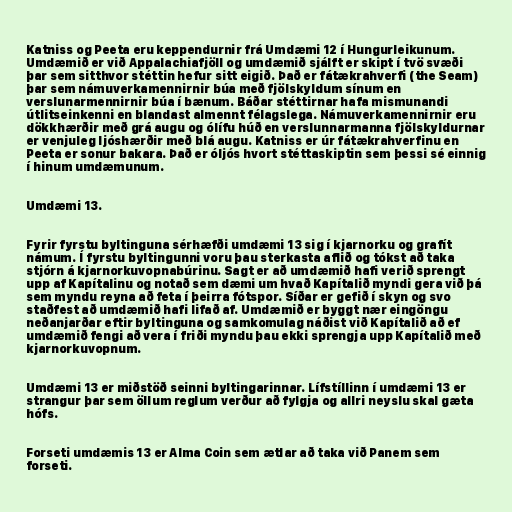
Katniss og Peeta eru keppendurnir frá Umdæmi 12 í Hungurleikunum.
Umdæmið er við Appalachiafjöll og umdæmið sjálft er skipt í tvö svæði
þar sem sitthvor stéttin hefur sitt eigið. Það er fátækrahverfi (the Seam)
þar sem námuverkamennirnir búa með fjölskyldum sínum en
verslunarmennirnir búa í bænum. Báðar stéttirnar hafa mismunandi
útlitseinkenni en blandast almennt félagslega. Námuverkamennirnir eru
dökkhærðir með grá augu og ólífu húð en verslunnarmanna fjölskyldurnar
er venjuleg ljóshærðir með blá augu. Katniss er úr fátækrahverfinu en
Peeta er sonur bakara. Það er óljós hvort stéttaskiptin sem þessi sé einnig
í hinum umdæmunum.

Umdæmi 13.

Fyrir fyrstu byltinguna sérhæfði umdæmi 13 sig í kjarnorku og grafít
námum. Í fyrstu byltingunni voru þau sterkasta aflið og tókst að taka
stjórn á kjarnorkuvopnabúrinu. Sagt er að umdæmið hafi verið sprengt
upp af Kapítalinu og notað sem dæmi um hvað Kapítalið myndi gera við þá
sem myndu reyna að feta í þeirra fótspor. Síðar er gefið í skyn og svo
staðfest að umdæmið hafi lifað af. Umdæmið er byggt nær eingöngu
neðanjarðar eftir byltinguna og samkomulag náðist við Kapítalið að ef
umdæmið fengi að vera í friði myndu þau ekki sprengja upp Kapítalið með
kjarnorkuvopnum.

Umdæmi 13 er miðstöð seinni byltingarinnar. Lífstíllinn í umdæmi 13 er
strangur þar sem öllum reglum verður að fylgja og allri neyslu skal gæta
hófs.

Forseti umdæmis 13 er Alma Coin sem ætlar að taka við Panem sem
forseti.